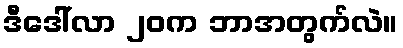
ဒီဒေါ်လာ ၂၀က ဘာအတွက်လဲ။